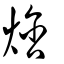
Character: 焓